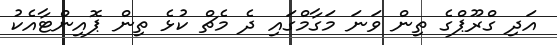
އަދި ގްރޫޕްގެ ތިން ވަނަ މަގާމްގައި ދެ މެޗް ކުޅެ ތިން ޕޮއިންޓާއެކު